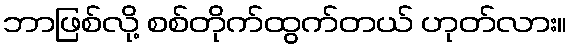
ဘာဖြစ်လို့ စစ်တိုက်ထွက်တယ် ဟုတ်လား။